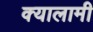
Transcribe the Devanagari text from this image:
क्यालामी